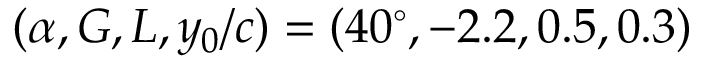
( \alpha , G , L , y _ { 0 } / c ) = ( 4 0 ^ { \circ } , - 2 . 2 , 0 . 5 , 0 . 3 )